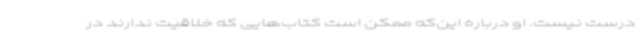
درست نیست. او درباره این‌که ممکن است کتاب‌هایی که خلاقیت ندارند در